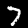
Label: 7